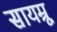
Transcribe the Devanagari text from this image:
सायम्रू